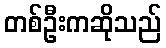
တစ်ဦးကဆိုသည်